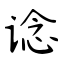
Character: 谂